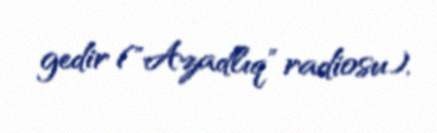
gedir ("Azadlıq" radiosu).